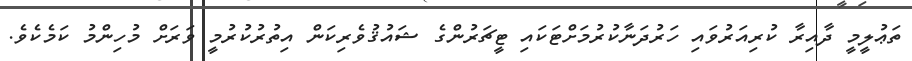
ތަޢުލީމީ ދާއިރާ ކުރިއަރުވައި ހަރުދަނާކުރުމަށްޓަކައި ޓީޗަރުންގެ ޝައުޤުވެރިކަން އިތުރުކުރުމީ ވަރަށް މުހިންމު ކަމެކެވެ.